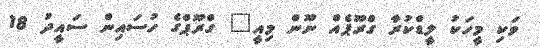
ވަކި މީހަކު ލީޑްކުރާ ގްރޫޕެއް ނޫން މިއީ" ގްރޫޕްގެ ހުސައިން ސައީދު 18